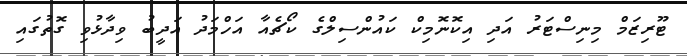
ޓޫރިޒަމް މިނިސްޓަރު އަދި އިކޮނޮމިކް ކައުންސިލްގެ ކޯޗެއާ އަހްމަދު އަދީބު ވިދާޅުވި ގޮތުގައި